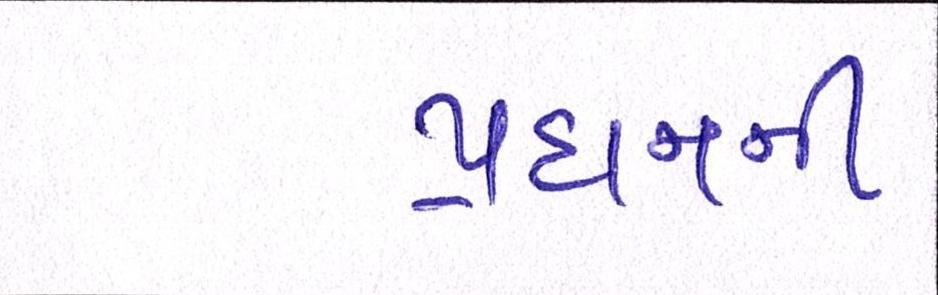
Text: પ્રદાનની